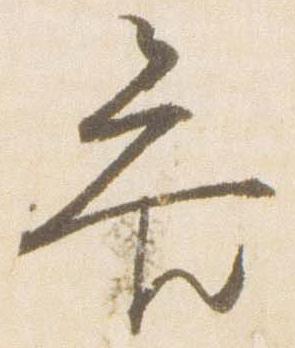
参